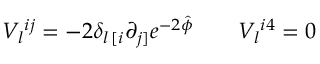
V _ { l } { } ^ { i j } = - 2 \delta _ { l \, [ i } \partial _ { j ] } e ^ { - 2 \hat { \phi } } \qquad V _ { l } { } ^ { i 4 } = 0